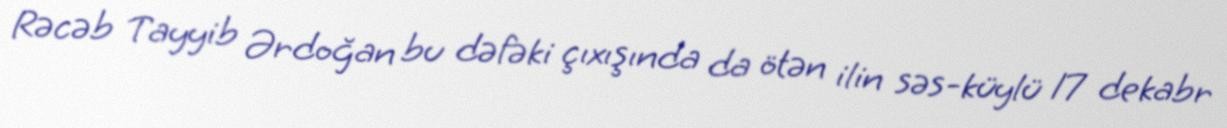
Rəcəb Tayyib Ərdoğan bu dəfəki çıxışında da ötən ilin səs-küylü 17 dekabr